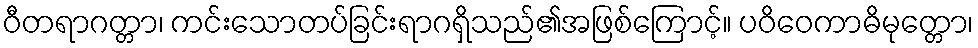
ဝီတရာဂတ္တာ၊ ကင်းသောတပ်ခြင်းရာဂရှိသည်၏အဖြစ်ကြောင့်။ ပဝိဝေကာဓိမုတ္တော၊